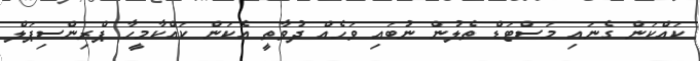
ކައްކަން ގެނައި މަސްޓަޑް ތެލުން ނުބައި ވަހެއް ދުވާތީ އެކަން ކައްކާމީހާ ޕްރިންސިޕަލް